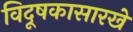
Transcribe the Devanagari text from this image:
विदूषकासारखे